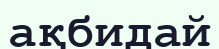
ақбидай